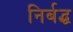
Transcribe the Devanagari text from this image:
निर्बद्ध